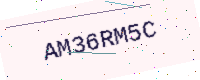
Text: AM36RM5C